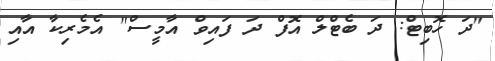
"ދަ ހޮބިޓް: ދަ ބެޓްލް އޮފް ދަ ފައިވް އާމީސް" އެމެރިކާ އާއި